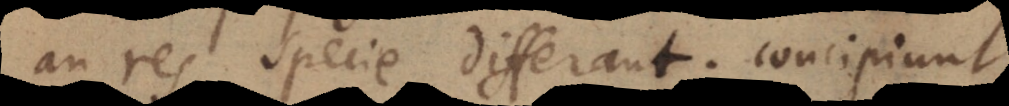
an res specie differant; concipiunt